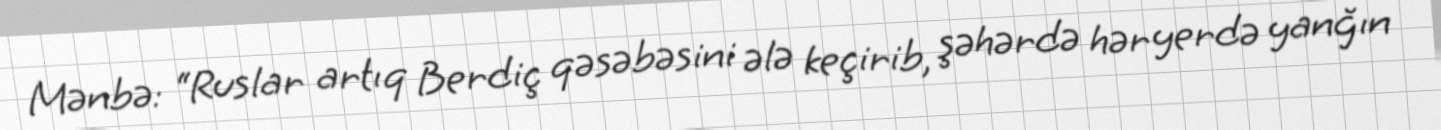
Mənbə: “Ruslar artıq Berdiç qəsəbəsini ələ keçirib, şəhərdə hər yerdə yanğın